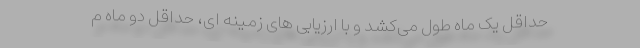
حداقل یک ماه طول می‌کشد و با ارزیابی های زمینه ای، حداقل دو ماه م